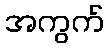
အကွက်